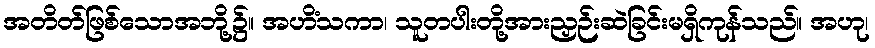
အတိတ်ဖြစ်သောအဘို့၌။ အဟိံသကာ၊ သူတပါးတို့အားညှဉ်းဆဲခြင်းမရှိကုန်သည်။ အဟု၊